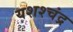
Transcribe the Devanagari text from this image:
यशश्चंद्र